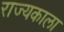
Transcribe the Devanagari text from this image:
राज्यकाला